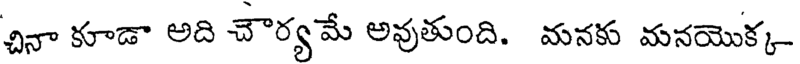
చినా కూడా అది చౌర్యమే అవుతుంది. మనకు మనయొక్క